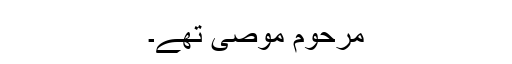
مرحوم موصی تھے۔